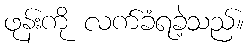
ဖုန်းကို လက်ခံရခဲ့သည်။